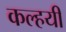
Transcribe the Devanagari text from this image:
कल्हयी